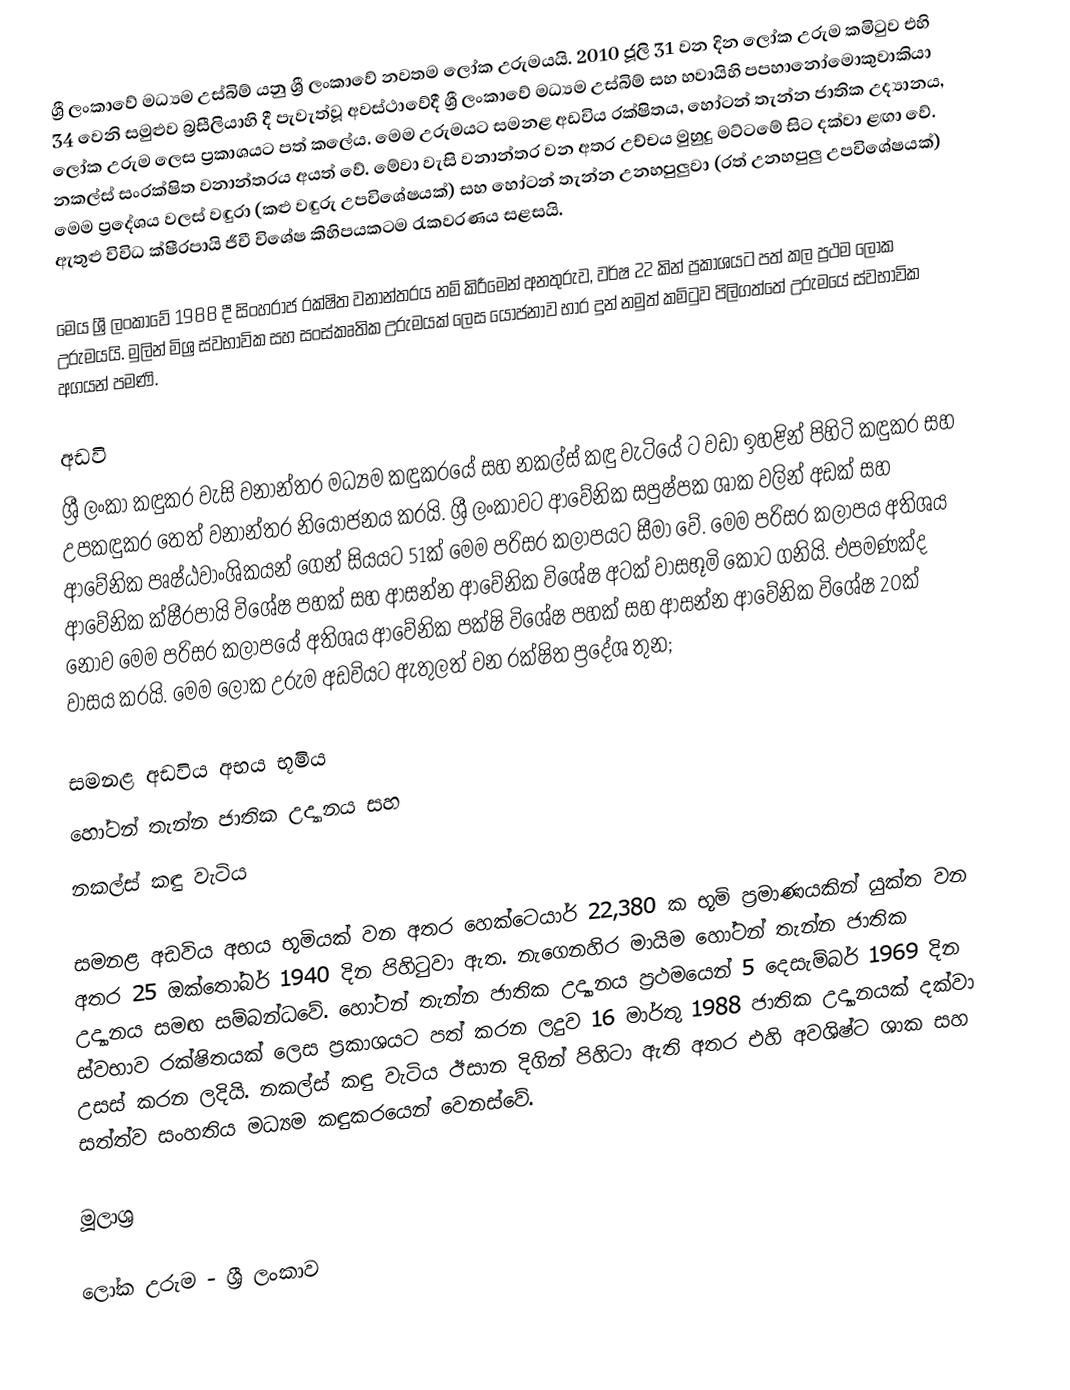
ශ්‍රී ලංකාවේ මධ්‍යම උස්බිම් යනු ශ්‍රී ලංකාවේ නවතම ලෝක උරුමයයි. 2010 ජූලි 31 වන දින ලෝක උරුම කමිටුව එහි 34 වෙනි සමුළුව බ්‍රසීලියාහි දී පැවැත්වූ අවස්ථාවේදී ශ්‍රී ලංකාවේ මධ්‍යම උස්බිම් සහ හවායිහි පපහානෝමොකුවාකියා ලෝක උරුම ලෙස ප්‍රකාශයට පත් කලේය.  මෙම උරුමයට සමනළ අඩවිය රක්ෂිතය, හෝටන් තැන්න ජාතික උද්‍යානය, නකල්ස් සංරක්ෂිත වනාන්තරය අයත් වේ. මේවා වැසි වනාන්තර වන අතර උච්චය මුහුදු මට්ටමේ සිට  දක්වා ළඟා වේ. මෙම ප්‍රදේශය වලස් වඳුරා (කළු වඳුරු උපවිශේෂයක්) සහ හෝටන් තැන්න උනහපුලුවා (රත් උනහපුලු උපවිශේෂයක්)  ඇතුළු  විවිධ ක්ෂීරපායි ජීවී විශේෂ කිහිපයකටම  රැකවරණය සළසයි.

මෙය ශ්‍රී ලංකාවේ 1988 දී සිංහරාජ රක්ෂිත වනාන්තරය නම් කිරීමෙන් අනතුරුව, වර්ෂ 22 කින් ප්‍රකාශයට පත් කල ප්‍රථම ලෝක උරුමයයි. මුලින් මිශ්‍ර ස්වභාවික සහ සංස්කෘතික උරුමයක් ලෙස යෝජනාව භාර දුන් නමුත් කමිටුව පිලිගත්තේ උරුමයේ ස්වභාවික අගයන් පමණි.

අඩවි
ශ්‍රී ලංකා කඳුකර වැසි වනාන්තර මධ්‍යම කඳුකරයේ සහ නකල්ස් කඳු වැටියේ  ට වඩා ඉහළින් පිහිටි කඳුකර සහ උපකඳුකර තෙත් වනාන්තර නියෝජනය කරයි. ශ්‍රී ලංකාවට ආවේනික සපුෂ්පක ශාක වලින් අඩක් සහ ආවේනික පෘෂ්ඨවාංශිකයන් ගෙන් සියයට 51ක් මෙම පරිසර කලාපයට සීමා වේ. මෙම පරිසර කලාපය අතිශය ආවේනික ක්ෂීරපායි විශේෂ පහක් සහ ආසන්න ආවේනික විශේෂ අටක් වාසභූමි කොට ගනියි. එපමණක්ද නොව මෙම පරිසර කලාපයේ අතිශය ආවේනික පක්ෂි විශේෂ පහක් සහ ආසන්න ආවේනික විශේෂ 20ක් වාසය කරයි. මෙම ලෝක උරුම අඩවියට ඇතුලත් වන රක්ෂිත ප්‍රදේශ තුන;

 සමනළ අඩවිය අභය භූමිය
 හෝටන් තැන්න ජාතික උද්‍යානය සහ
 නකල්ස් කඳු වැටිය

සමනළ අඩවිය අභය භූමියක් වන අතර හෙක්ටෙයාර් 22,380 ක භූමි ප්‍රමාණයකින් යුක්ත වන අතර 25 ඔක්තෝබර් 1940 දින පිහිටුවා ඇත. නැගෙනහිර මායිම හෝටන් තැන්න ජාතික උද්‍යානය සමඟ සම්බන්ධවේ. හෝටන් තැන්න ජාතික උද්‍යානය ප්‍රථමයෙන් 5 දෙසැම්බර් 1969 දින ස්වභාව රක්ෂිතයක් ලෙස ප්‍රකාශයට පත් කරන ලදුව 16 මාර්තු 1988 ජාතික උද්‍යානයක් දක්වා උසස් කරන ලදියි. නකල්ස් කඳු වැටිය ඊසාන දිගින් පිහිටා ඇති අතර එහි අවශිෂ්ට ශාක සහ සත්ත්ව සංහතිය මධ්‍යම කඳුකරයෙන් වෙනස්වේ.

මූලාශ‍්‍ර

ලෝක උරුම - ශ්‍රී ලංකාව